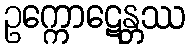
ဥက္ကောဋေန္တဿ